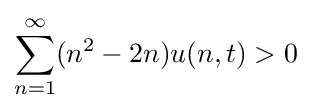
\sum _{n=1}^{\infty }(n^{2}-2n)u(n,t)>0